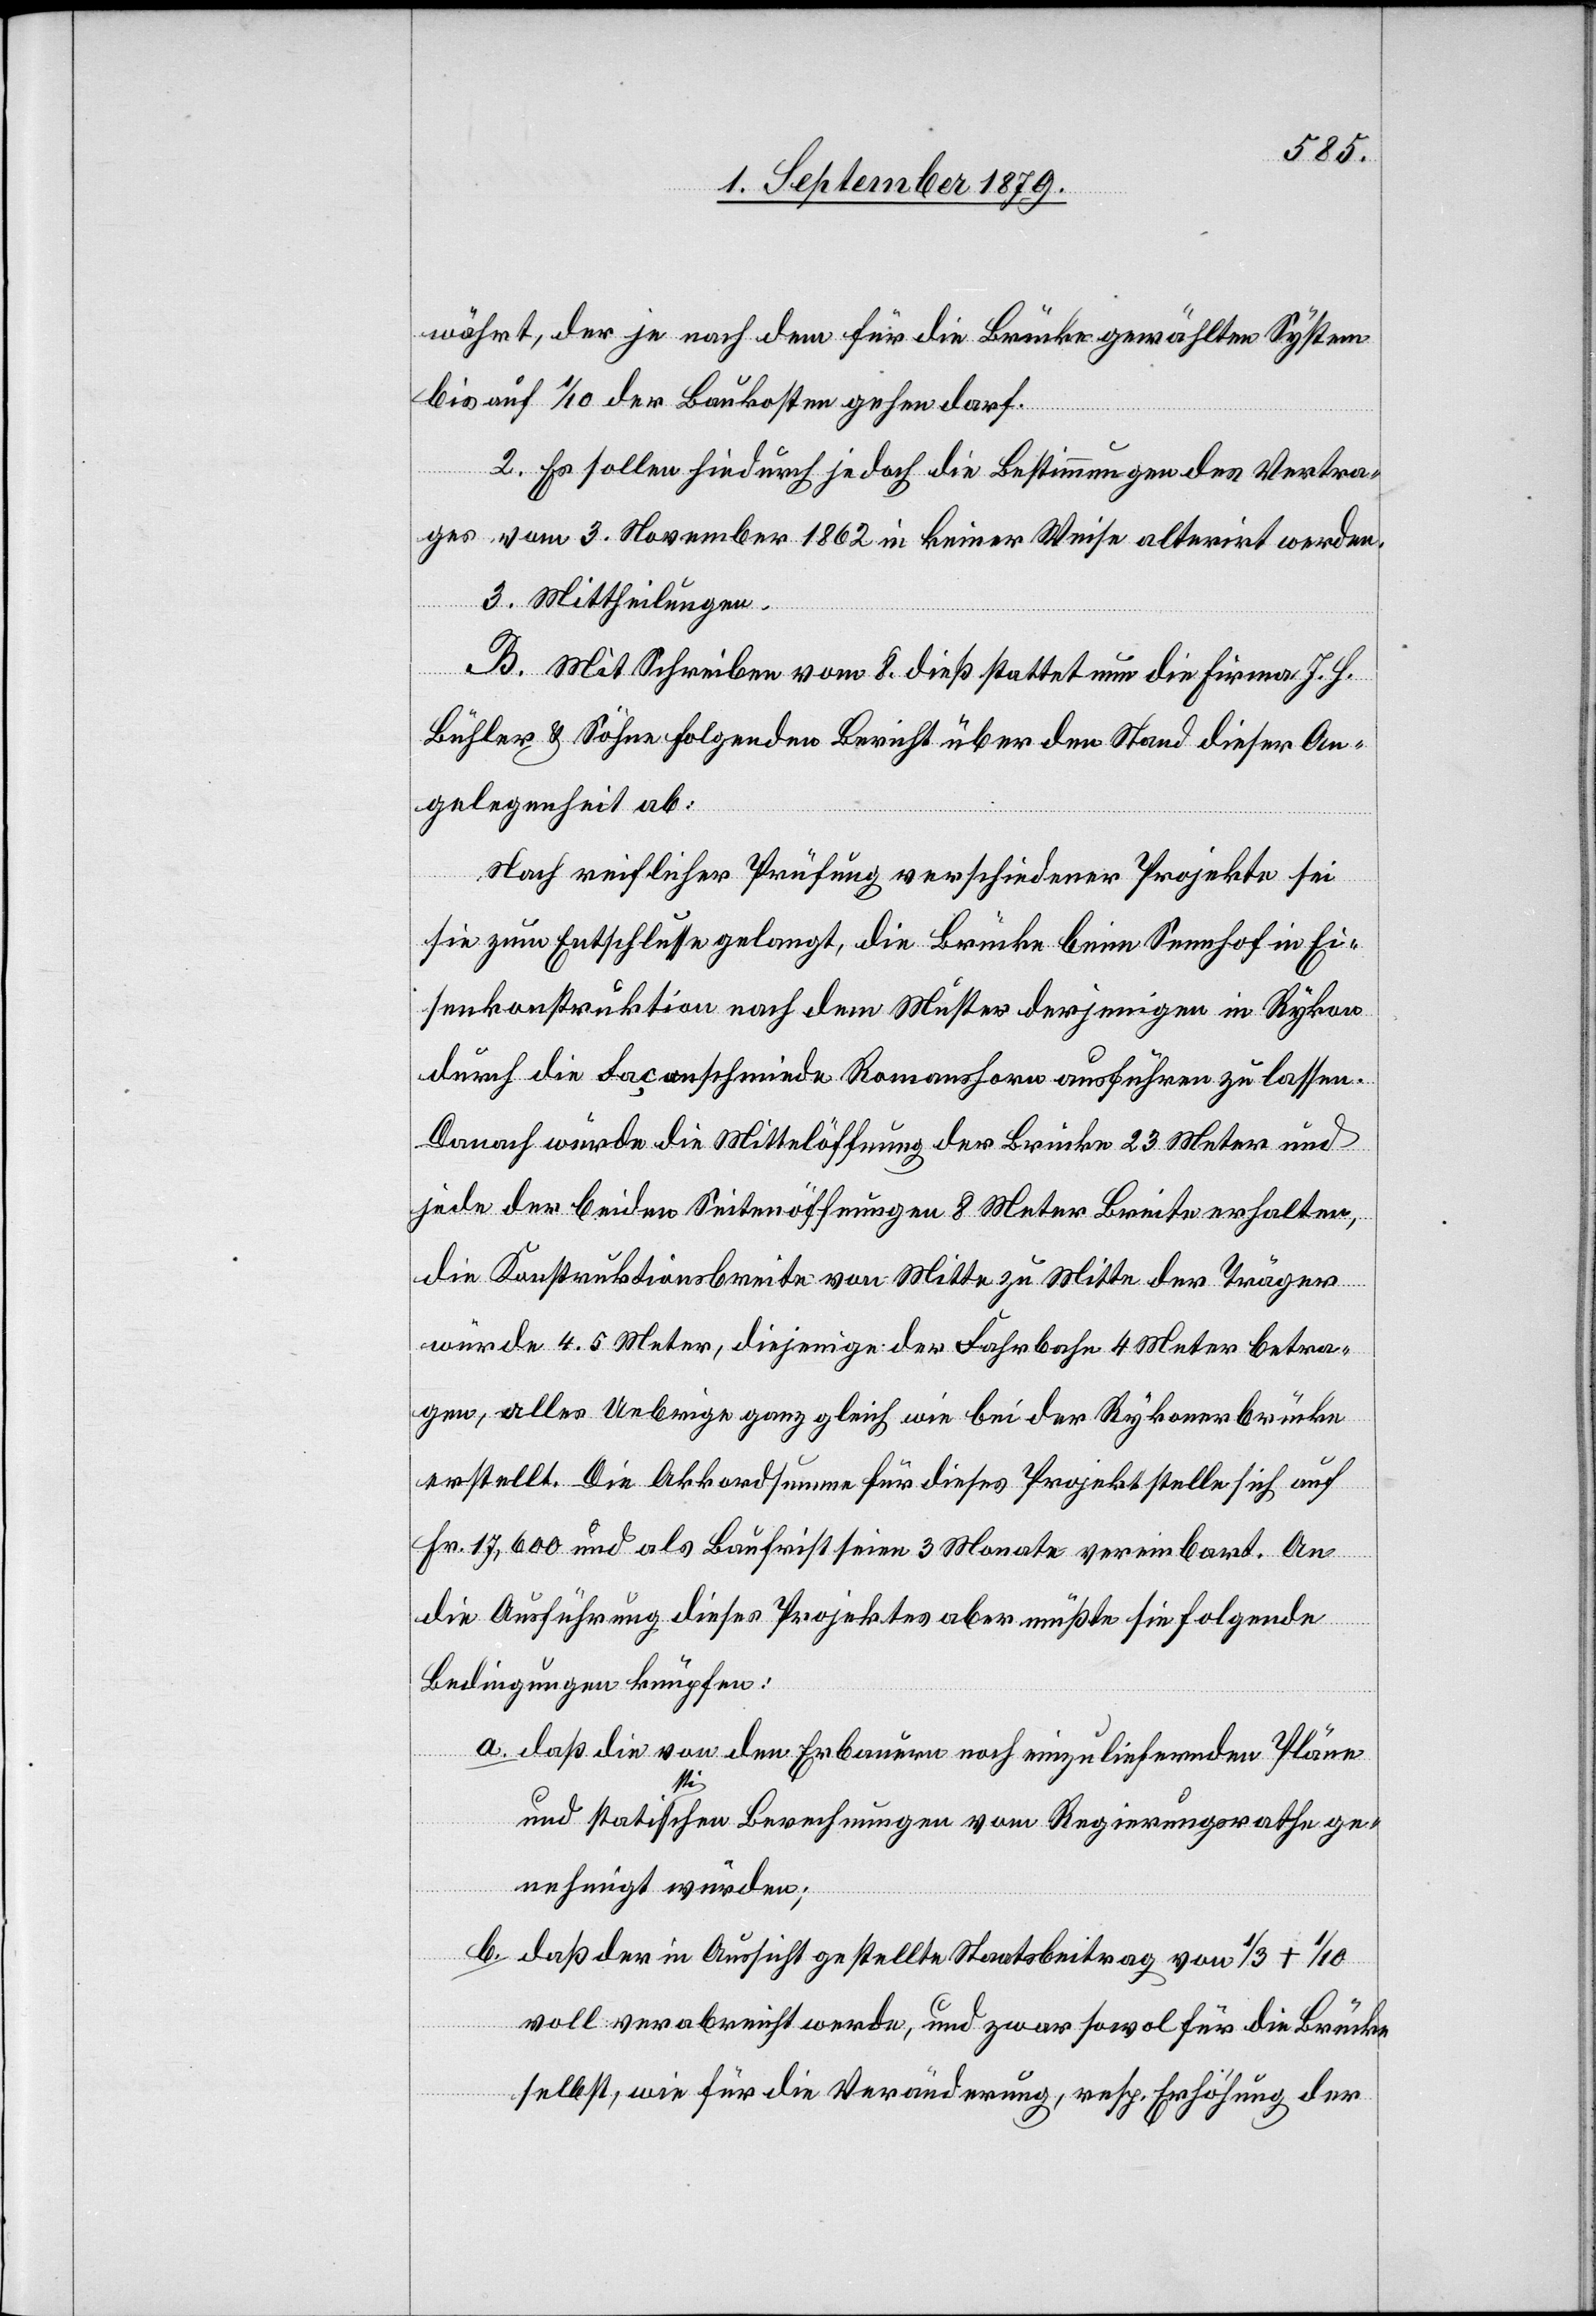
währt, der je nach dem für die Brücke gewählten System
bis auf 1/10 der Baukosten gehen darf.
2. Es sollen hiedurch jedoch die Bestimmungen des Vertra¬
ges vom 3. November 1862 in keiner Weise alterirt werden.
3. Mittheilungen.
B. Mit Schreiben vom 8. dieß stattet nun die Firma J. H.
Bühler & Söhne folgenden Bericht über den Stand dieser An¬
gelegenheit ab:
Nach reichlicher Prüfung verschiedener Projekte sei
sie zum Entschlusse gelangt, die Brücke beim Sennhof in Ei¬
senkonstruktion nach dem Muster derjenigen in Rykon
durch die Façonschmiede Romanshorn ausführen zu lassen.
Danach würde die Mittelöffnung der Brücke 23 Meter und
jede der beiden Seitenöffnungen 8 Meter Breite erhalten,
die Konstruktionsbreite von Mitte zu Mitte der Träger
würde 4.5 Meter, diejenige der Fahrbahn 4 Meter betra¬
gen, alles Uebrige ganz gleich wie bei der Rykonerbrücke
erstellt. Die Akkordsumme für dieses Projekt stelle sich auf
Fr. 17,600 und als Baufrist seien 3 Monate vereinbart. An
die Ausführung dieses Projektes aber müßte sie folgende
Bedingungen knüpfen:
a. daß die von den Erbauern noch einzuliefernden Pläne
und statistischen Berechnungen vom Regierungsrathe ge¬
nehmigt würden;
b. daß der in Aussicht gestellte Staatsbeitrag von 1/3 + 1/10
voll verabreicht werde, und zwar sowol für die Brücke
selbst, wie für die Veränderung, resp. Erhöhung der